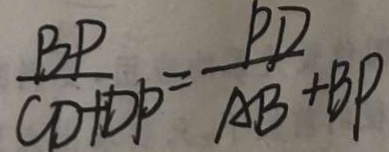
\frac { B P } { C D + D P } = \frac { P D } { A B + B P }